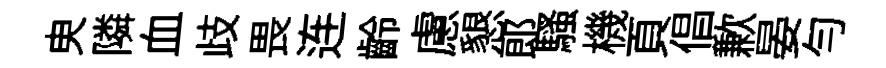
㬰隣血歧畏连齡慮懇郞騷機頁倡歉晏匀